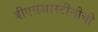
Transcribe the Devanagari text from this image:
बीएसआरटीसीची